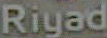
Riyad